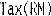
TAX(RM)